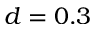
d = 0 . 3